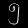
Digit: ၅